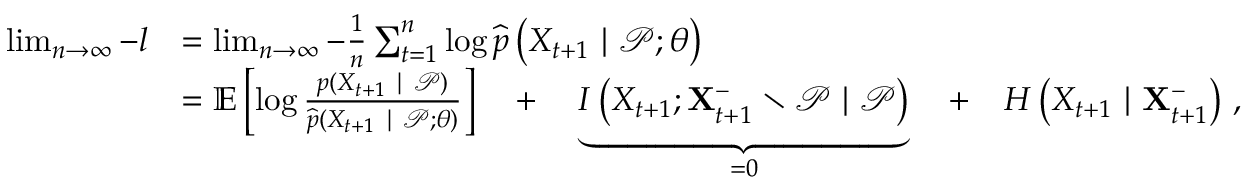
\begin{array} { r l } { \operatorname* { l i m } _ { n \to \infty } - { l } } & { = \operatorname* { l i m } _ { n \to \infty } - \frac { 1 } { n } \sum _ { t = 1 } ^ { n } \log \widehat { p } \left( X _ { t + 1 } ~ | ~ \mathcal { P } ; \theta \right) } \\ & { = \mathbb { E } \left[ \log \frac { p ( X _ { t + 1 } ~ | ~ \mathcal { P } ) } { \widehat { p } ( X _ { t + 1 } ~ | ~ \mathcal { P } ; \theta ) } \right] \quad + \quad \underbrace { I \left( X _ { t + 1 } ; \mathbf { X } _ { t + 1 } ^ { - } \setminus \mathcal { P } ~ | ~ \mathcal { P } \right) } _ { = 0 } \quad + \quad H \left( X _ { t + 1 } ~ | ~ \mathbf { X } _ { t + 1 } ^ { - } \right) \, , } \end{array}